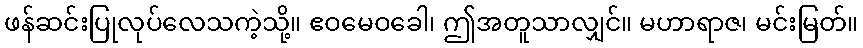
ဖန်ဆင်းပြုလုပ်လေသကဲ့သို့။ ဧဝမေဝခေါ၊ ဤအတူသာလျှင်။ မဟာရာဇ၊ မင်းမြတ်။